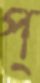
প্